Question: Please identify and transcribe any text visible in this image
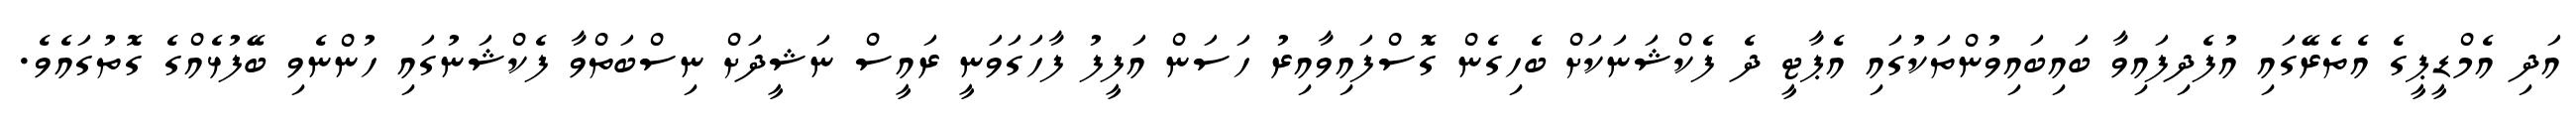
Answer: އަދި އެމްޑީޕީގެ އެތެރޭގައި އުފެދިފައިވާ ބައިބައިވުންތަކުގައި އެޕާޓީ ދެ ފެކްޝަނަކަށް ބެހިގެން ގޮސްފައިވާއިރު ހަސަން އަފީފު ފާހަގަވަނީ ރައީސް ނަޝީދަށް ނިސްބަތްވާ ފެކްޝަނުގައި ހުންނެވި ބޭފުޅެއްގެ ގޮތުގައެވެ.